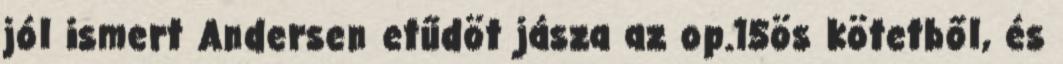
jól ismert Andersen etűdöt jásza az op.15ös kötetből, és